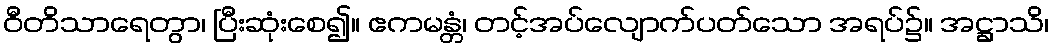
ဝီတိသာရေတွာ၊ ပြီးဆုံးစေ၍။ ဧကမန္တံ၊ တင့်အပ်လျောက်ပတ်သော အရပ်၌။ အဋ္ဌာသိ၊